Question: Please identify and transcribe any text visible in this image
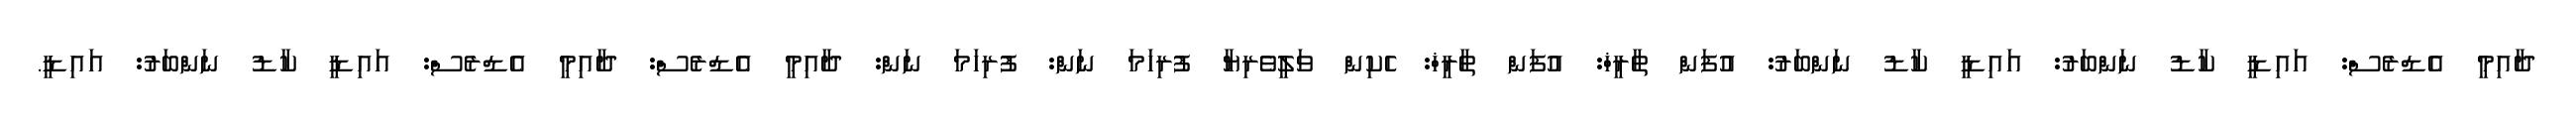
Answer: ދާއިމީ އެޑްރެސް: އައިޑީ ކާޑު ނަންބަރު: އައިޑީ ކާޑު ނަންބަރު: އުފަން ތާރީޚް: އުފަން ތާރީޚް: ހެކިން ވަލީވެރިޔާ ފުރިހަމަ ނަން: ފުރިހަމަ ނަން: ދާއިމީ އެޑްރެސް: ދާއިމީ އެޑްރެސް: އައިޑީ ކާޑު ނަންބަރު: އައިޑީ.